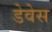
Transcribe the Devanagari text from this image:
डेवेस